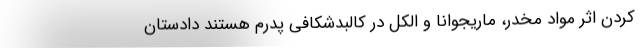
کردن اثر مواد مخدر، ماریجوانا و الکل در کالبدشکافی پدرم هستند دادستان